Source: Computer-generated
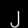
Digit: ၂ (2)